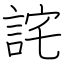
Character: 詫